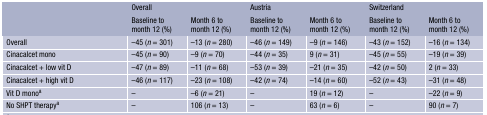
<table><thead><tr><td rowspan="2"></td><td colspan="2"><b>Overall</b></td><td colspan="2"><b>Austria</b></td><td colspan="2"><b>Switzerland</b></td></tr><tr><td><b>Baseline to month 12 (%)</b></td><td><b>Month 6 to month 12 (%)</b></td><td><b>Baseline to month 12 (%)</b></td><td><b>Month 6 to month 12 (%)</b></td><td><b>Baseline to month 12 (%)</b></td><td><b>Month 6 to month 12 (%)</b></td></tr></thead><tbody><tr><td>Overall</td><td>−45 (<i>n</i> = 301)</td><td>−13 (<i>n</i> = 280)</td><td>−46 (<i>n</i> = 149)</td><td>−9 (<i>n</i> = 146)</td><td>−43 (<i>n</i> = 152)</td><td>−16 (<i>n</i> = 134)</td></tr><tr><td>Cinacalcet mono</td><td>−45 (<i>n</i> = 90)</td><td>−9 (<i>n</i> = 70)</td><td>−44 (<i>n</i> = 35)</td><td>9 (<i>n</i> = 31)</td><td>−45 (<i>n</i> = 55)</td><td>−19 (<i>n</i> = 39)</td></tr><tr><td>Cinacalcet + low vit D</td><td>−47 (<i>n</i> = 89)</td><td>−11 (<i>n</i> = 68)</td><td>−53 (<i>n</i> = 39)</td><td>−21 (<i>n</i> = 35)</td><td>−42 (<i>n</i> = 50)</td><td>2 (<i>n</i> = 33)</td></tr><tr><td>Cinacalcet + high vit D</td><td>−46 (<i>n</i> = 117)</td><td>−23 (<i>n</i> = 108)</td><td>−42 (<i>n</i> = 74)</td><td>−14 (<i>n</i> = 60)</td><td>−52 (<i>n</i> = 43)</td><td>−31 (<i>n</i> = 48)</td></tr><tr><td>Vit D mono<sup>a</sup></td><td>–</td><td>−6 (<i>n</i> = 21)</td><td>–</td><td>19 (<i>n</i> = 12)</td><td>–</td><td>−22 (<i>n</i> = 9)</td></tr><tr><td>No SHPT therapy<sup>a</sup></td><td>–</td><td>106 (<i>n</i> = 13)</td><td>–</td><td>63 (<i>n</i> = 6)</td><td>–</td><td>90 (<i>n</i> = 7)</td></tr></tbody></table>